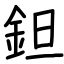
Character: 鉭